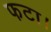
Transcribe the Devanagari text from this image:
फटा।